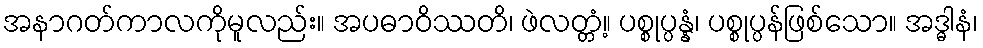
အနာဂတ်ကာလကိုမူလည်း။ အပဓာဝိဿတိ၊ ဖဲလတ္တံ့။ ပစ္စုပ္ပန္နံ၊ ပစ္စုပ္ပန်ဖြစ်သော။ အဒ္ဓါနံ၊